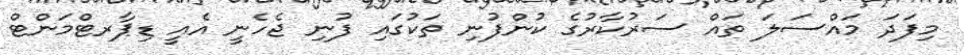
މިފަދަ މައްސަލަ ތައް ސަރުކާރުގެ ކުންފުނި ތަކުގައި ފުނި ޖެހެނީ އެއީ ޑިޕާރޓްމަންޓް